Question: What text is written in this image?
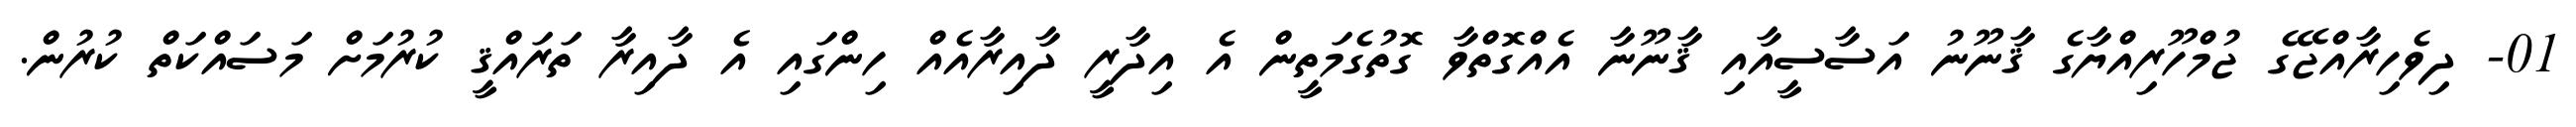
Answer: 01- ދިވެހިރާއްޖޭގެ ޖުމްހޫރިއްޔާގެ ޤާނޫނު އަސާސީއާއި ޤާނޫނާ އެއްގޮތްވާ ގޮތުގެމަތީން އެ އިދާރީ ދާއިރާއެއް ހިންގައި އެ ދާއިރާ ތަރައްޤީ ކުރުމަށް މަސައްކަތް ކުރުން.